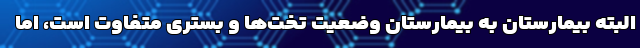
البته بیمارستان به بیمارستان وضعیت تخت‌ها و بستری متفاوت است، اما